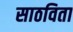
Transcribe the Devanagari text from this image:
साठविता